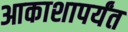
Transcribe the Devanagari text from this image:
आकाशापर्यंत